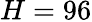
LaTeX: H=96